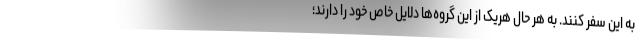
به این سفر کنند. به هر حال هریک از این گروه‌ها دلایل خاص خود را دارند؛